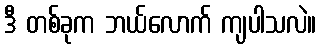
ဒီ တစ်ခုက ဘယ်လောက် ကျပါသလဲ။